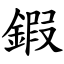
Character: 鍜